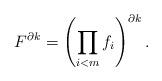
LaTeX: \begin{gather*} F^{\partial k} = \left( \prod_{i<m} f_i \right)^{\partial k}. \end{gather*}